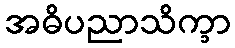
အဓိပညာသိက္ခာ